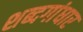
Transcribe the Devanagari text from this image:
शब्दगांधार